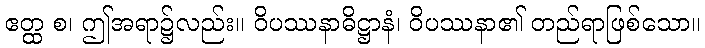
ဧတ္ထ စ၊ ဤအရာ၌လည်း။ ဝိပဿနာဓိဋ္ဌာနံ၊ ဝိပဿနာ၏ တည်ရာဖြစ်သော။